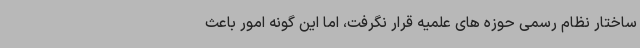
ساختار نظام رسمی حوزه های علمیه قرار نگرفت، اما این گونه امور باعث